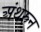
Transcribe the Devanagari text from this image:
अंथरुन